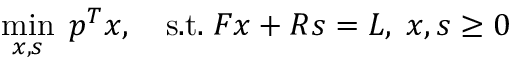
\operatorname* { m i n } _ { x , s } \; p ^ { T } x , \quad { \mathrm { s . t . } } \; F x + R s = L , \; x , s \geq 0